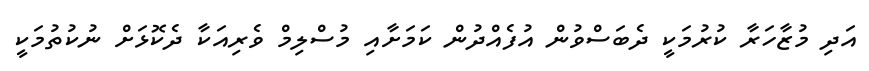
އަދި މުޒާހަރާ ކުރުމަކީ ދެބަސްވުން އުފެއްދުން ކަމަށާއި މުސްލިމް ވެރިއަކާ ދެކޮޅަށް ނުކުތުމަކީ